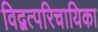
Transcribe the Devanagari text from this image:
विद्वत्परिचायिका